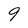
Character: 9